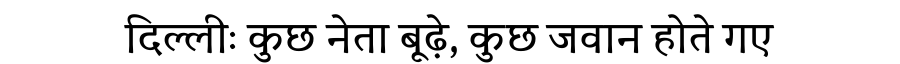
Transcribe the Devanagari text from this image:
दिल्लीः कुछ नेता बूढ़े, कुछ जवान होते गए